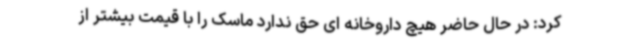
کرد: در حال حاضر هیچ داروخانه ای حق ندارد ماسک را با قیمت بیشتر از